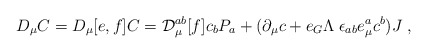
\begin{align*}D_\mu C = D_\mu [e,f] C = {\cal D}^{ab}_\mu [f] c_b P_a +(\partial_\mu c + e_G \Lambda \; \epsilon_{ab} e_\mu^a c^b ) J\; ,\end{align*}